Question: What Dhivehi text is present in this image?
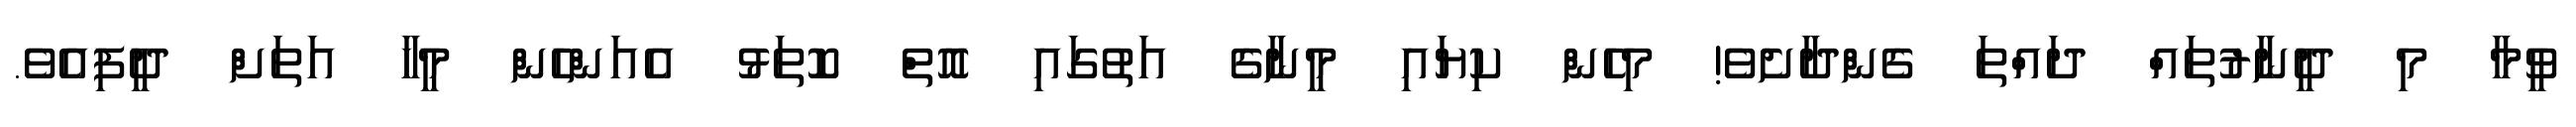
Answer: ވީމާ މި ދީނާރުތައް ދައްތަ ގެންދާށެވެ! މިހެން ކިޔައި މީނާގެ އަތުގައި އޮތް ކޮތަޅު އެއަންހެން މީހާ އަތަށް ދީފިއެވެ.